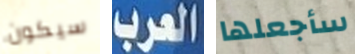
سيكون العرب سأجعلها